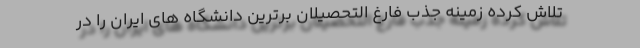
تلاش کرده زمینه جذب فارغ التحصیلان برترین دانشگاه های ایران را در